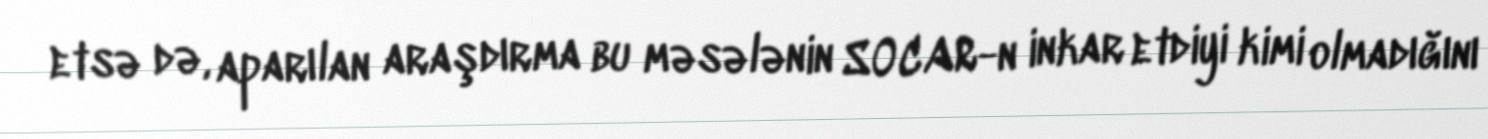
etsə də, aparılan araşdırma bu məsələnin SOCAR-n inkar etdiyi kimi olmadığını